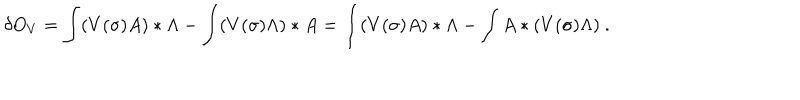
\delta O _ { V } = \int ( V ( \sigma ) A ) * \Lambda - \int ( V ( \sigma ) \Lambda ) * A = \int ( V ( \sigma ) A ) * \Lambda - \int A * ( V ( \sigma ) \Lambda ) \ .